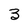
Character: 3